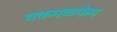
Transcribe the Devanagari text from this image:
चकमकफेम